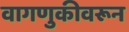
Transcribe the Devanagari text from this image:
वागणुकीवरून